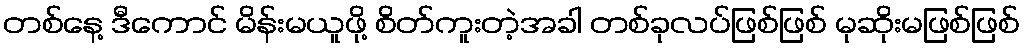
တစ်နေ့ ဒီကောင် မိန်းမယူဖို့ စိတ်ကူးတဲ့အခါ တစ်ခုလပ်ဖြစ်ဖြစ် မုဆိုးမဖြစ်ဖြစ်